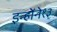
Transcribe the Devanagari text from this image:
इन्होंने१३